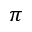
\pi